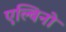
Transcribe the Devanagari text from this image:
एल्बिनो